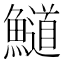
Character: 𲍁